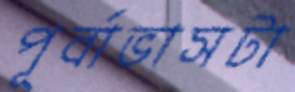
পূর্বাভাসটা